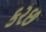
કરછ